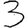
Digit: 3